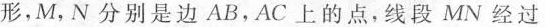
形，M，N分别是边AB，AC上的点，线段MN经过